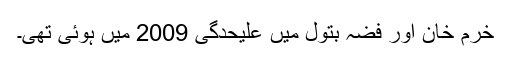
خرم خان اور فضہ بتول میں علیحدگی 2009 میں ہوئی تھی۔